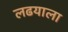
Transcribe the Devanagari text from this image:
लढयाला